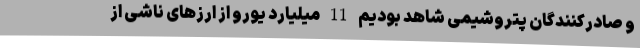
و صادرکنندگان پتروشیمی شاهد بودیم 11 میلیارد یورو از ارزهای ناشی از